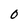
Character: O